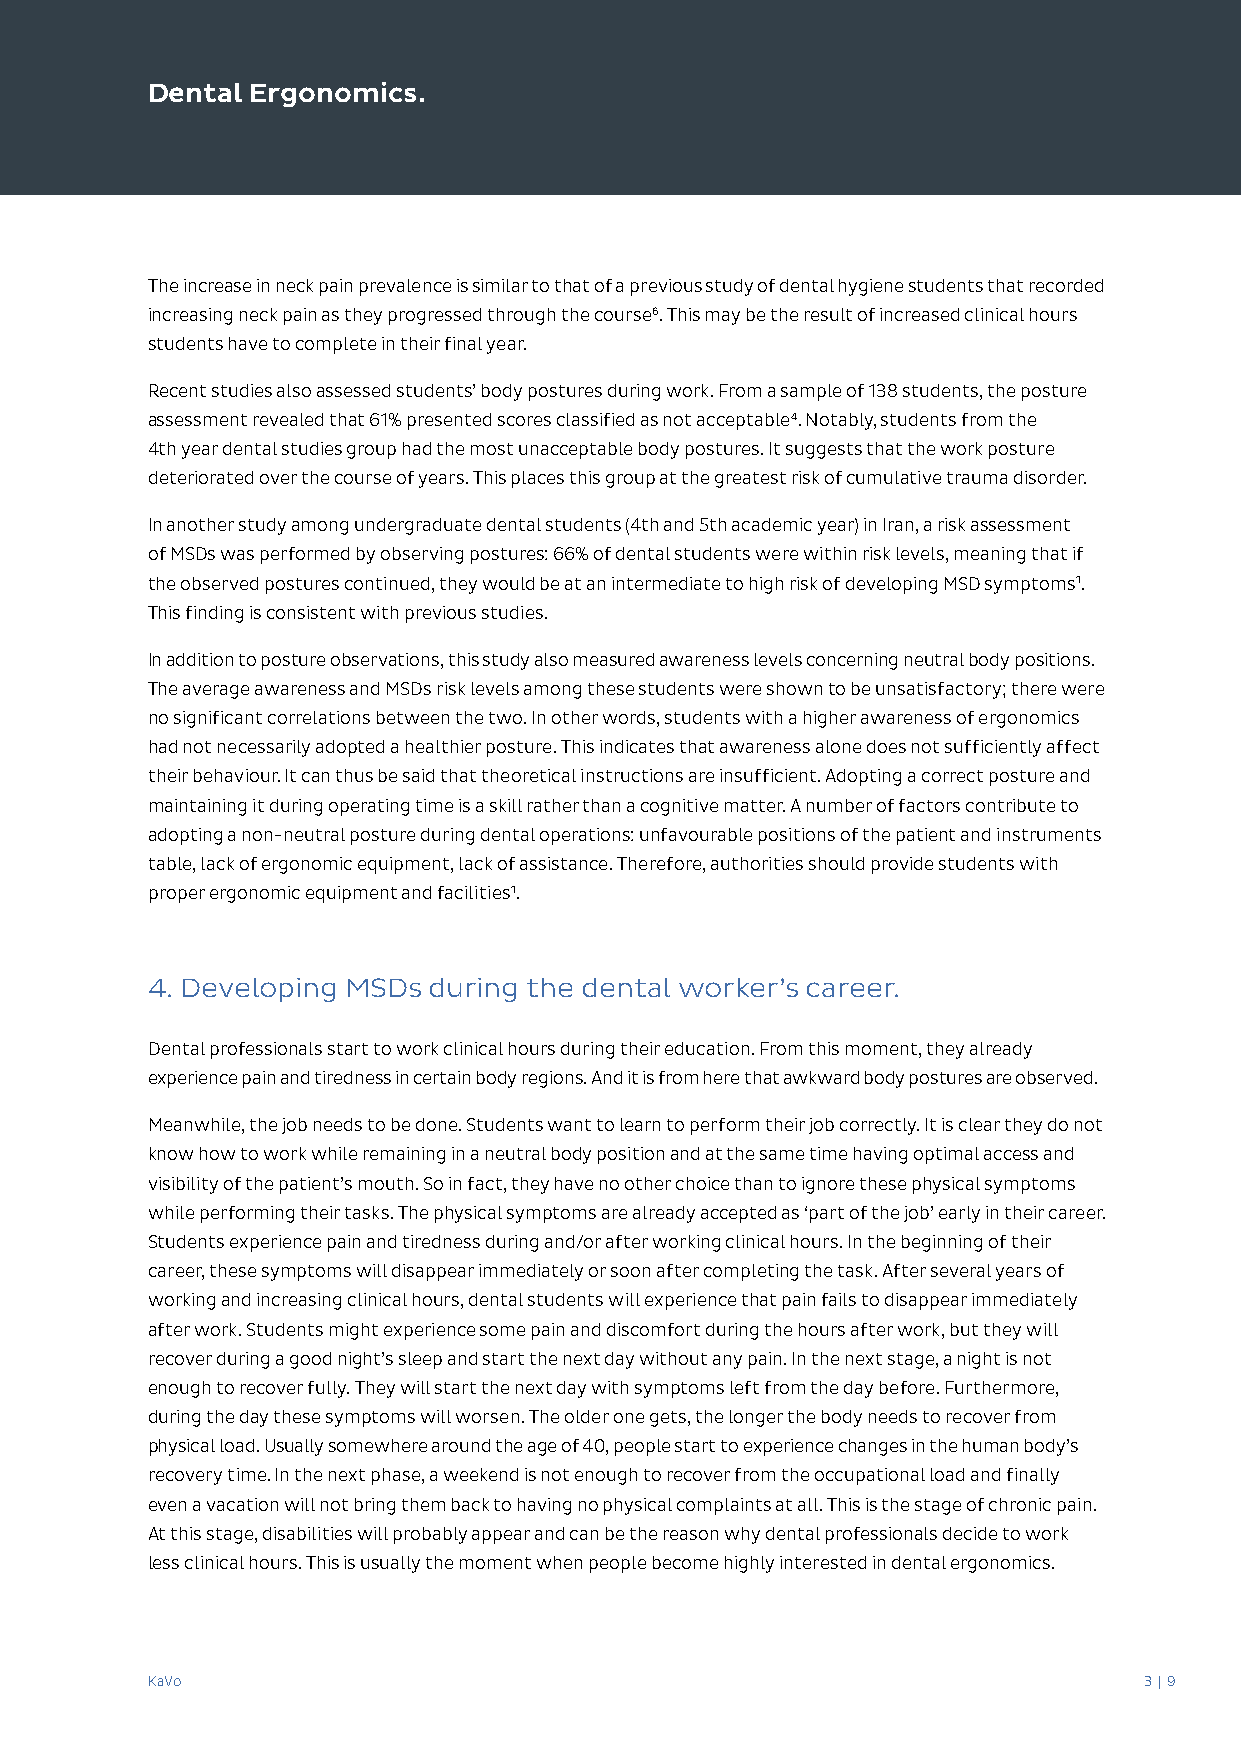
Dental Ergonomics.
 The increase in neck pain prevalence is similar to that of a previous study of dental hygiene students that recorded
 increasing neck pain as they progressed through the course6. This may be the result of increased clinical hours
 students have to complete in their final year.
 Recent studies also assessed students’ body postures during work. From a sample of 138 students, the posture
 assessment revealed that 61% presented scores classified as not acceptable4. Notably, students from the
 4th year dental studies group had the most unacceptable body postures. It suggests that the work posture
 deteriorated over the course of years. This places this group at the greatest risk of cumulative trauma disorder.
 In another study among undergraduate dental students (4th and 5th academic year) in Iran, a risk assessment
 of MSDs was performed by observing postures: 66% of dental students were within risk levels, meaning that if
 the observed postures continued, they would be at an intermediate to high risk of developing MSD symptoms1.
 This finding is consistent with previous studies.
 In addition to posture observations, this study also measured awareness levels concerning neutral body positions.
 The average awareness and MSDs risk levels among these students were shown to be unsatisfactory; there were
 no significant correlations between the two. In other words, students with a higher awareness of ergonomics
 had not necessarily adopted a healthier posture. This indicates that awareness alone does not sufficiently affect
 their behaviour. It can thus be said that theoretical instructions are insufficient. Adopting a correct posture and
 maintaining it during operating time is a skill rather than a cognitive matter. A number of factors contribute to
 adopting a non-neutral posture during dental operations: unfavourable positions of the patient and instruments
 table, lack of ergonomic equipment, lack of assistance. Therefore, authorities should provide students with
 proper ergonomic equipment and facilities1.
 4. Developing MSDs during the dental worker’s career.
 Dental professionals start to work clinical hours during their education. From this moment, they already
 experience pain and tiredness in certain body regions. And it is from here that awkward body postures are observed.
 Meanwhile, the job needs to be done. Students want to learn to perform their job correctly. It is clear they do not
 know how to work while remaining in a neutral body position and at the same time having optimal access and
 visibility of the patient’s mouth. So in fact, they have no other choice than to ignore these physical symptoms
 while performing their tasks. The physical symptoms are already accepted as ‘part of the job’ early in their career.
 Students experience pain and tiredness during and/or after working clinical hours. In the beginning of their
 career, these symptoms will disappear immediately or soon after completing the task. After several years of
 working and increasing clinical hours, dental students will experience that pain fails to disappear immediately
 after work. Students might experience some pain and discomfort during the hours after work, but they will
 recover during a good night’s sleep and start the next day without any pain. In the next stage, a night is not
 enough to recover fully. They will start the next day with symptoms left from the day before. Furthermore,
 during the day these symptoms will worsen. The older one gets, the longer the body needs to recover from
 physical load. Usually somewhere around the age of 40, people start to experience changes in the human body’s
 recovery time. In the next phase, a weekend is not enough to recover from the occupational load and finally
 even a vacation will not bring them back to having no physical complaints at all. This is the stage of chronic pain.
 At this stage, disabilities will probably appear and can be the reason why dental professionals decide to work
 less clinical hours. This is usually the moment when people become highly interested in dental ergonomics.
 KaVo                                                              3 | 9